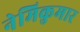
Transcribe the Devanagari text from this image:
नेमिकुमार